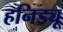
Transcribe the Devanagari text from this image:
हनिड्यू